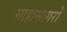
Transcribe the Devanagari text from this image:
माहासागरों